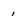
Character: i